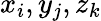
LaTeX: x_{i},y_{j},z_{k}